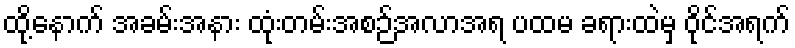
ထို့နောက် အခမ်းအနား ထုံးတမ်းအစဉ်အလာအရ ပထမ ခရားထဲမှ ဝိုင်အရက်